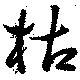
枯